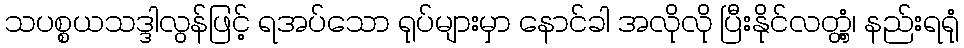
သပစ္စယသဒ္ဒါလွန်ဖြင့် ရအပ်သော ရုပ်များမှာ နောင်ခါ အလိုလို ပြီးနိုင်လတ္တံ့၊ နည်းရရုံ